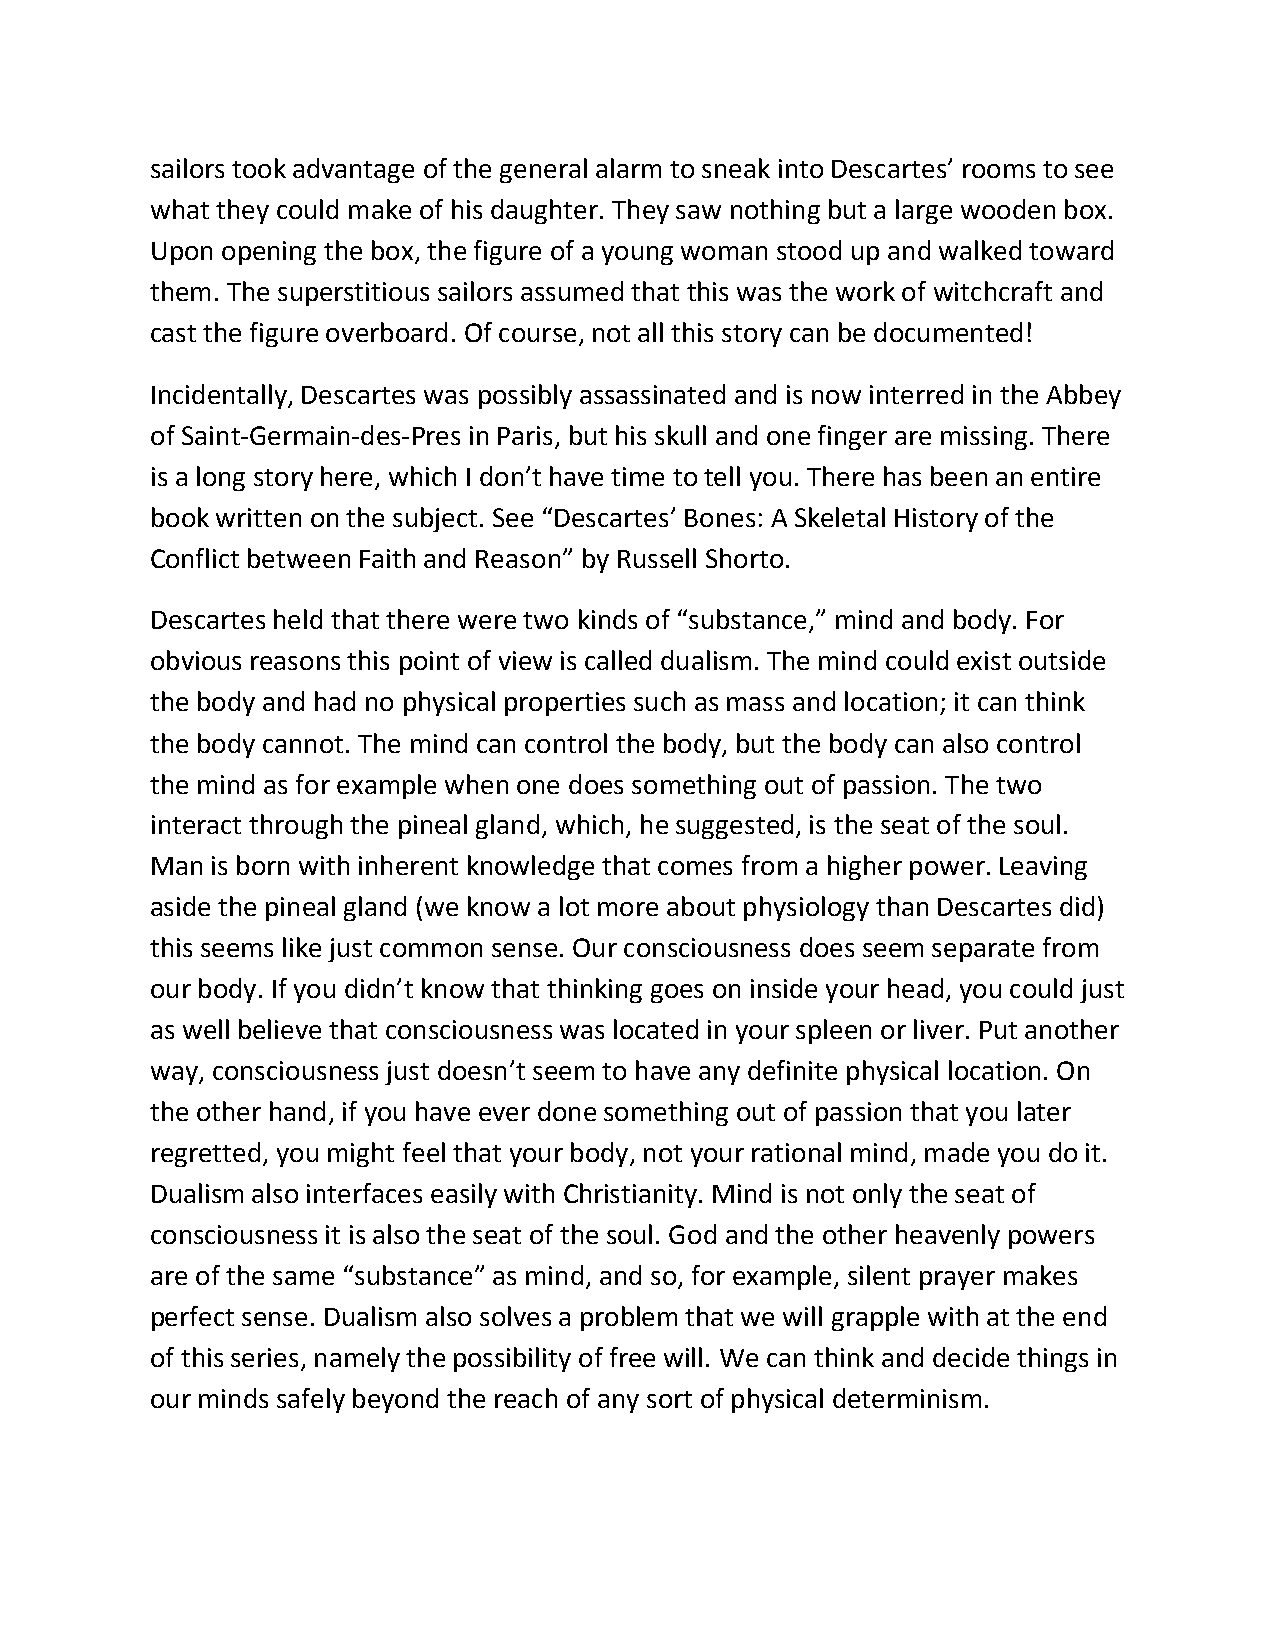
sailors took advantage of the general alarm to sneak into Descartes’ rooms to see
 what they could make of his daughter. They saw nothing but a large wooden box.
 Upon opening the box, the figure of a young woman stood up and walked toward
 them. The superstitious sailors assumed that this was the work of witchcraft and
 cast the figure overboard. Of course, not all this story can be documented!
 Incidentally, Descartes was possibly assassinated and is now interred in the Abbey
 of Saint-Germain-des-Pres in Paris, but his skull and one finger are missing. There
 is a long story here, which I don’t have time to tell you. There has been an entire
 book written on the subject. See “Descartes’ Bones: A Skeletal History of the
 Conflict between Faith and Reason” by Russell Shorto.
 Descartes held that there were two kinds of “substance,” mind and body. For
 obvious reasons this point of view is called dualism. The mind could exist outside
 the body and had no physical properties such as mass and location; it can think
 the body cannot. The mind can control the body, but the body can also control
 the mind as for example when one does something out of passion. The two
 interact through the pineal gland, which, he suggested, is the seat of the soul.
 Man is born with inherent knowledge that comes from a higher power. Leaving
 aside the pineal gland (we know a lot more about physiology than Descartes did)
 this seems like just common sense. Our consciousness does seem separate from
 our body. If you didn’t know that thinking goes on inside your head, you could just
 as well believe that consciousness was located in your spleen or liver. Put another
 way, consciousness just doesn’t seem to have any definite physical location. On
 the other hand, if you have ever done something out of passion that you later
 regretted, you might feel that your body, not your rational mind, made you do it.
 Dualism also interfaces easily with Christianity. Mind is not only the seat of
 consciousness it is also the seat of the soul. God and the other heavenly powers
 are of the same “substance” as mind, and so, for example, silent prayer makes
 perfect sense. Dualism also solves a problem that we will grapple with at the end
 of this series, namely the possibility of free will. We can think and decide things in
 our minds safely beyond the reach of any sort of physical determinism.